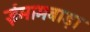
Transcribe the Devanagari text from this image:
ईमामबाड़ा